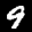
Label: 9